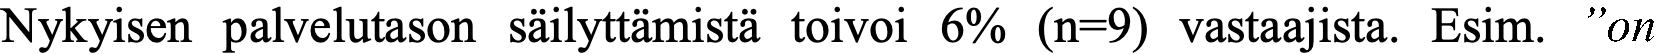
Nykyisen palvelutason säilyttämistä toivoi 6% (n=9) vastaajista. Esim. ”on